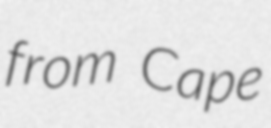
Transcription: from Cape